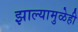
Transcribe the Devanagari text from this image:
झाल्यामुळेही